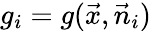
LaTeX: g_{i}=g(\vec{x},\vec{n}_{i})